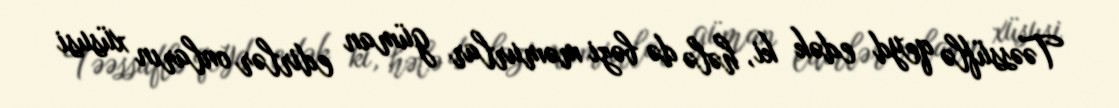
Təəssüflə qeyd edək ki, hələ də bəzi məmurlar güman edirlər onların xüsusi